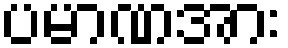
ပမာဏအား